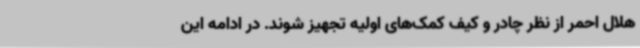
هلال احمر از نظر چادر و کیف کمک‌های اولیه تجهیز شوند. در ادامه این